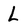
Character: L